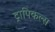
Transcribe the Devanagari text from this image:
ट्रापिकल्स